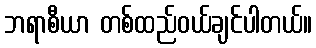
ဘရာစီယာ တစ်ထည်ဝယ်ချင်ပါတယ်။